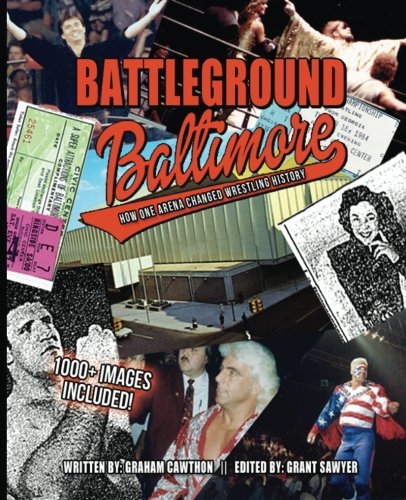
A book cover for Battleground Baltimore: How One Arena Changed Wrestling History (The History of Professional Wrestling); Graham Cawthon; Sports & Outdoors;